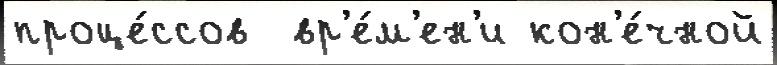
проце́ссов  вр'е́м'ен'и кон'е́чной